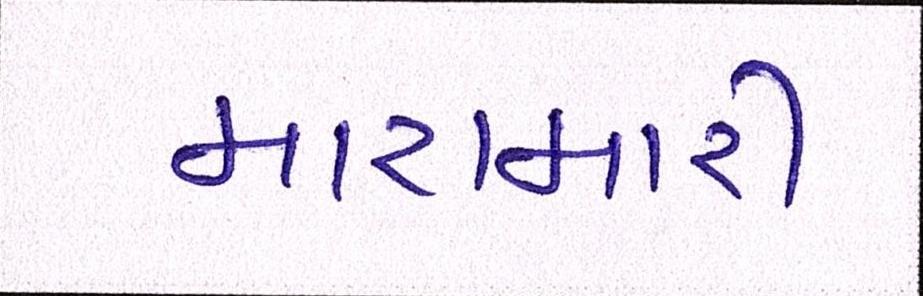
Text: મારામારી